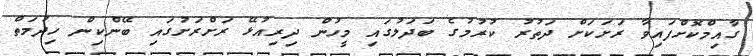
ގާއިމްކޮށްފައިވާ ރަށަކަށް ދަތުރު ކުރުމުގެ ބަދަލުގައި މީހުން ދިރިއުޅޭ ރަށްރަށުގައި ބޭންކިން ހިދުމަތް